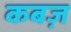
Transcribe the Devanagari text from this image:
कबज़